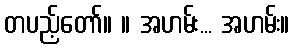
တပည့်တော်။ ။ အဟမ်း... အဟမ်း။